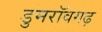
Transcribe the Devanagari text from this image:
डुमरॉवगढ़